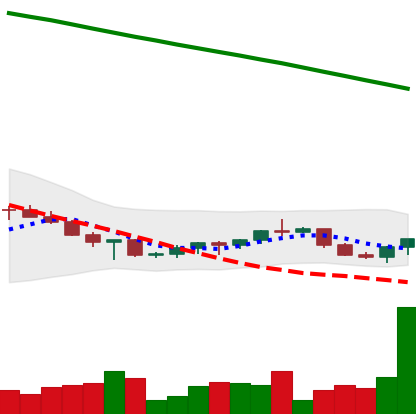
Ticker: XRP-USD
Chart end date: 2022-07-14
Forward return: 12.005%
Label: up_7plus